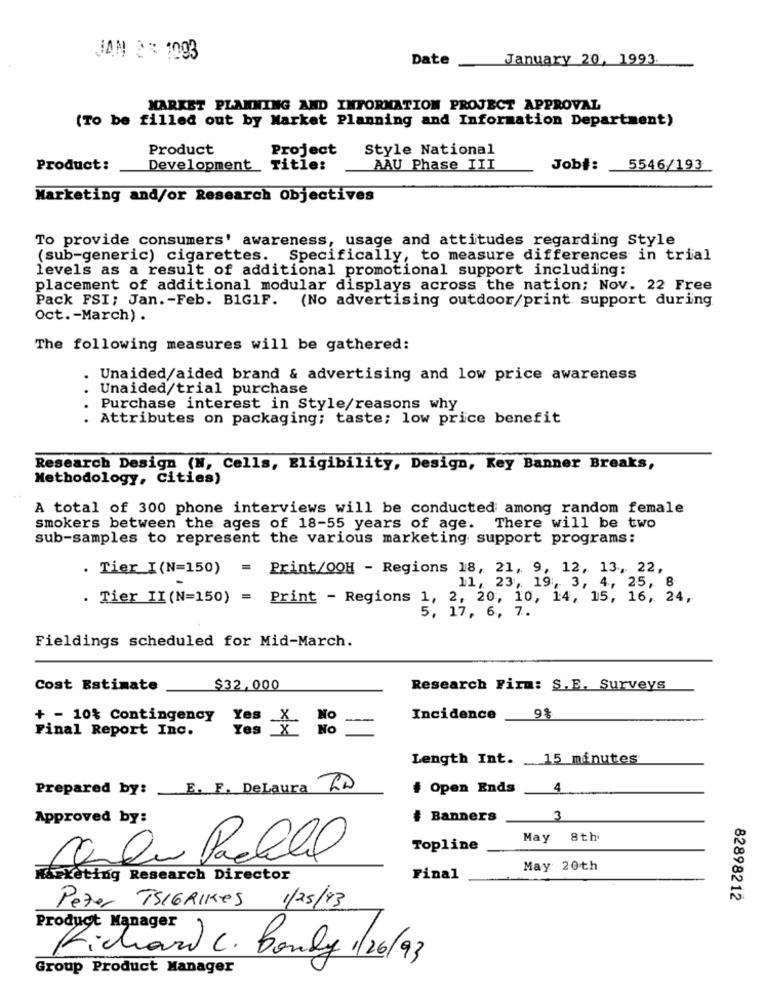
JAN 2% 1003
Date
January 20, 1993.
MARKET PLANNING AND INFORMATION PROJECT APPROVAL
(To be filled out by Market Planning and Information Department)
Product
Project
Style National
Product:
Development Title:
AAU Phase III
Job#:
5546/193
Marketing and/or Research Objectives
To provide consumers' awareness, usage and attitudes regarding Style
(sub-generic) cigarettes. Specifically, to measure differences in trial
levels as a result of additional promotional support including:
placement of additional modular displays across the nation; Nov. 22 Free
Pack FSI; Jan. - Feb. BIG1F. (No advertising outdoor/print support during
Oct .- March) .
The following measures will be gathered:
Unaided/aided brand & advertising and low price awareness
Unaided/trial purchase
Purchase interest in Style/reasons why
. Attributes on packaging; taste; low price benefit
Research Design (N, Cells, Eligibility, Design, Key Banner Breaks,
Methodology, Cities)
A total of 300 phone interviews will be conducted among random female
smokers between the ages of 18-55 years of age. There will be two
sub-samples to represent the various marketing support programs:
. Tier I(N=150) = Print/OOH - Regions 18, 21, 9, 12, 13, 22,
11, 23, 19 :, 3, 4, 25, 8
. Tier II(N=150) = Print - Regions 1, 2, 20, 10, 14, 15, 16, 24,
5, 17, 6, 7.
Fieldings scheduled for Mid-March.
Cost Estimate
$32,000
Research Firm: S.E. Surveys
+ - 10% Contingency
Yes
Incidence
9%
Final Report Inc.
Yes
=
Length Int. 15 minutes
Prepared by: E. F. DeLaura LD
# Open Ends
4
Approved by:
# Banners
3
May 8th
Topline
May 20th
& keting Research Director
Final
1/25/93
82898212
Peter TSIGRIKes
Product Manager
Richard C. Bonly1/26/93
Group Product Manager